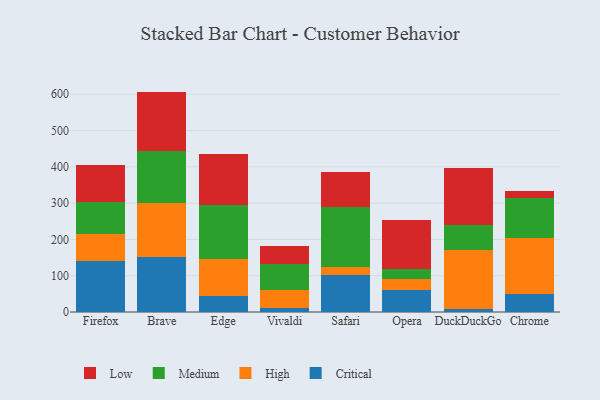
{"axis": {"x": "Browser", "y": "Production Output"}, "legend": ["Critical", "High", "Low", "Medium"], "data": [{"x": "Firefox", "y": 139.8, "type": "Critical"}, {"x": "Firefox", "y": 76.1, "type": "High"}, {"x": "Firefox", "y": 86.6, "type": "Medium"}, {"x": "Firefox", "y": 102.5, "type": "Low"}, {"x": "Brave", "y": 152.3, "type": "Critical"}, {"x": "Brave", "y": 148.0, "type": "High"}, {"x": "Brave", "y": 144.4, "type": "Medium"}, {"x": "Brave", "y": 162.6, "type": "Low"}, {"x": "Edge", "y": 44.4, "type": "Critical"}, {"x": "Edge", "y": 100.4, "type": "High"}, {"x": "Edge", "y": 150.7, "type": "Medium"}, {"x": "Edge", "y": 140.9, "type": "Low"}, {"x": "Vivaldi", "y": 10.8, "type": "Critical"}, {"x": "Vivaldi", "y": 49.5, "type": "High"}, {"x": "Vivaldi", "y": 72.7, "type": "Medium"}, {"x": "Vivaldi", "y": 47.5, "type": "Low"}, {"x": "Safari", "y": 101.6, "type": "Critical"}, {"x": "Safari", "y": 22.0, "type": "High"}, {"x": "Safari", "y": 166.6, "type": "Medium"}, {"x": "Safari", "y": 95.2, "type": "Low"}, {"x": "Opera", "y": 59.7, "type": "Critical"}, {"x": "Opera", "y": 30.2, "type": "High"}, {"x": "Opera", "y": 29.5, "type": "Medium"}, {"x": "Opera", "y": 134.4, "type": "Low"}, {"x": "DuckDuckGo", "y": 8.5, "type": "Critical"}, {"x": "DuckDuckGo", "y": 162.0, "type": "High"}, {"x": "DuckDuckGo", "y": 68.8, "type": "Medium"}, {"x": "DuckDuckGo", "y": 158.6, "type": "Low"}, {"x": "Chrome", "y": 50.4, "type": "Critical"}, {"x": "Chrome", "y": 152.7, "type": "High"}, {"x": "Chrome", "y": 111.8, "type": "Medium"}, {"x": "Chrome", "y": 18.4, "type": "Low"}]}